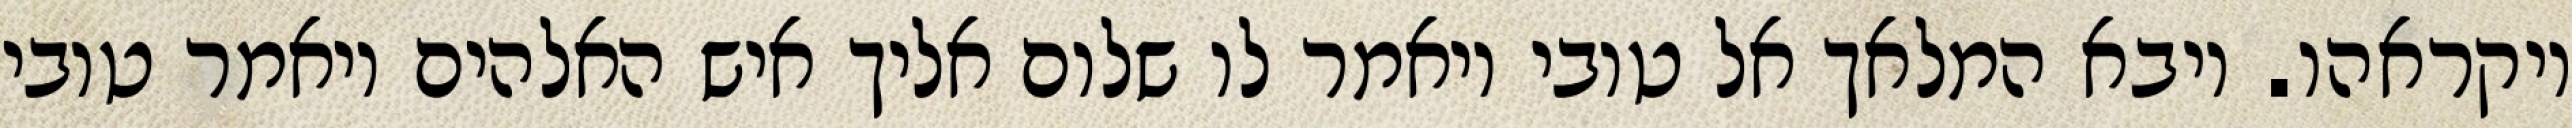
ויקראהו. ויבא המלאך אל טובי ויאמר לו שלום אליך איש האלהים ויאמר טובי